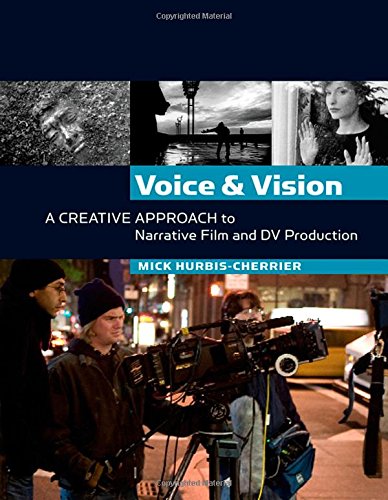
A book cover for Voice and Vision:  A Creative Approach to Narrative Film and DV Production; Mick Hurbis-Cherrier; Humor & Entertainment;